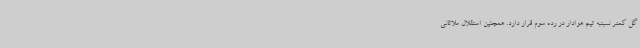
گل کمتر نسبتبه تیم هوادار در رده سوم قرار دارد. همچنین استقلال ملاثانی